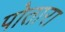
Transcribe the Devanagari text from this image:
पोतारा